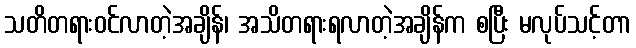
သတိတရားဝင်လာတဲ့အချိန်၊ အသိတရားရလာတဲ့အချိန်က စပြီး မလုပ်သင့်တာ